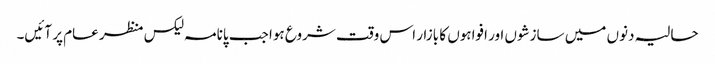
حالیہ دنوں میں سازشوں اور افواہوں کا بازار اس وقت شروع ہوا جب پانامہ لیکس منظر عام پر آئیں۔